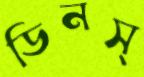
ডিনস্